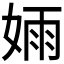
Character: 𫰺